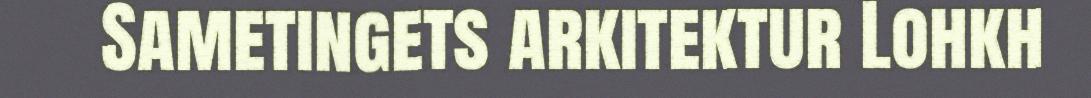
Sametingets arkitektur Lohkh